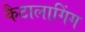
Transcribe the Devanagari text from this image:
कैटालागिंग